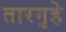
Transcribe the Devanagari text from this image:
तारगृहे